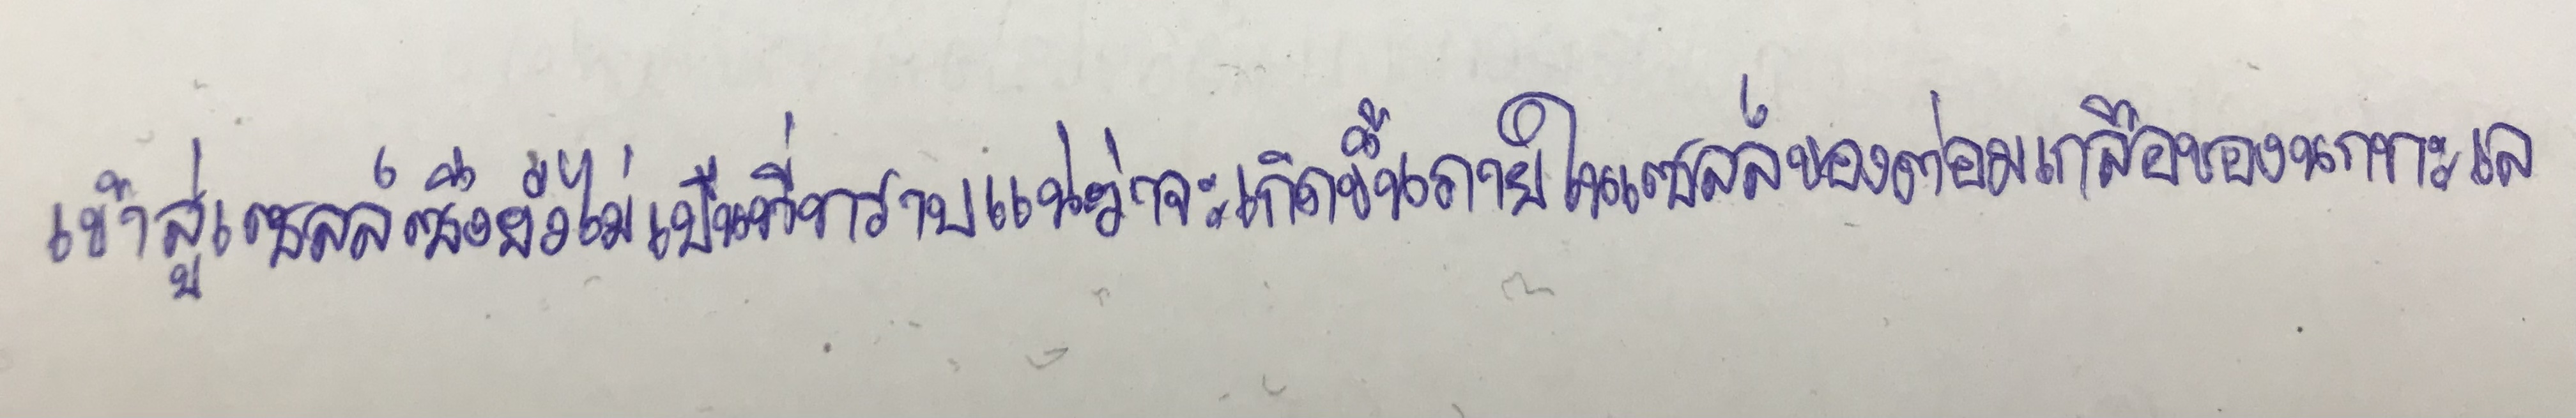
เข้าสู่เซลล์ซึ่งยังไม่เป็นที่ทราบแน่ว่าจะเกิดขึ้นภายในเซลล์ของต่อมเกลือของนกทะเล